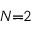
N \! \! = \! \! 2